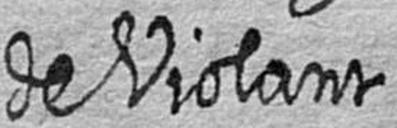
de Violant